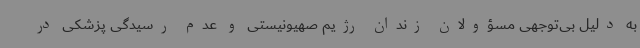
به دلیل بی‌توجهی مسؤولان زندان رژیم صهیونیستی و عدم رسیدگی پزشکی در